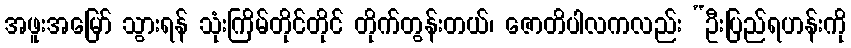
အဖူးအမြော် သွားရန် သုံးကြိမ်တိုင်တိုင် တိုက်တွန်းတယ်၊ ဇောတိပါလကလည်း “ဦးပြည်ရဟန်းကို